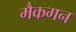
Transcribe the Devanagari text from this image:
मैकगन